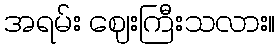
အရမ်း ဈေးကြီးသလား။